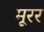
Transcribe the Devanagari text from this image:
मूरर